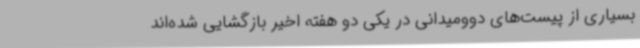
بسیاری از پیست‌های دوومیدانی در یکی دو هفته اخیر بازگشایی شده‌اند